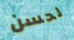
لحسن